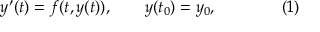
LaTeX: y ^ { \prime } ( t ) = f ( t , y ( t ) ) , \qquad y ( t _ { 0 } ) = y _ { 0 } , \qquad \qquad ( 1 )